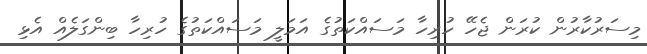
މިސަރުކާރުން ކުރަން ޖެހޭ ހުރިހާ މަސައްކަތުގެ އަމަލީ މަސައްކަތުގެ ހުރިހާ ބިންގަލެއް އެޅި